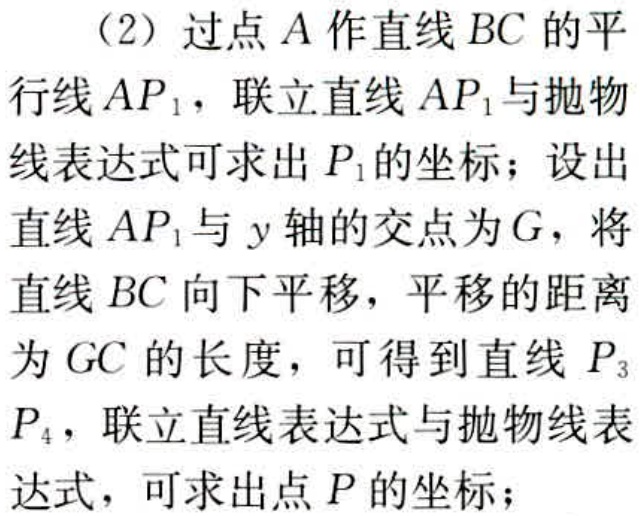
（2）过点\(A\)作直线\(BC\)的平行线\(AP_{1}\)，联立直线\(AP_{1}\)与抛物线表达式可求出\(P_{1}\)的坐标；设出直线\(AP_{1}\)与\(y\)轴的交点为\(G\)，将直线\(BC\)向下平移，平移的距离为\(GC\)的长度，可得到直线\(P_{3}P_{4}\)，联立直线表达式与抛物线表达式，可求出点\(P\)的坐标；